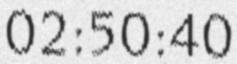
02:50:40